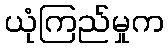
ယုံကြည်မှုက